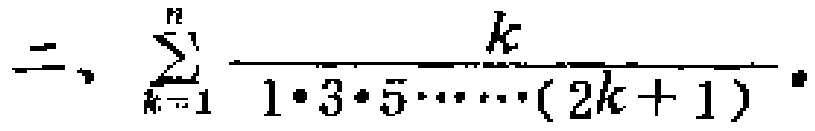
二、$\sum_{k = 1}^{n}\frac{k}{1\cdot3\cdot5\cdot\cdots\cdot(2k + 1)}$